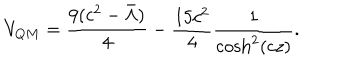
V _ { Q M } = \frac { 9 ( c ^ { 2 } - \bar { \Lambda } ) } { 4 } - \frac { 1 5 c ^ { 2 } } { 4 } \frac { 1 } { \cosh ^ { 2 } ( c z ) } .